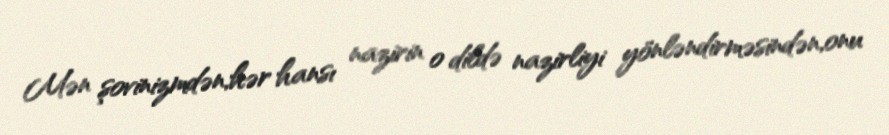
Mən şovinizmdən,hər hansı nazirin o dildə nazirliyi yönləndirməsindən,onu